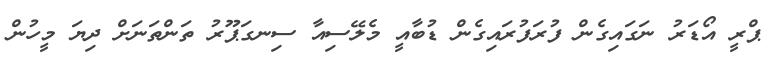
ޕްރީ އޯޑަރު ނަގައިގެން ފުރަފުރައިގެން ޑުބާއީ މެލޭސިއާ ސިނގަޕޫރު ތަންތަނަށް ދިޔަ މީހުން